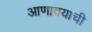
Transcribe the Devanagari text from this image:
आणावयाची